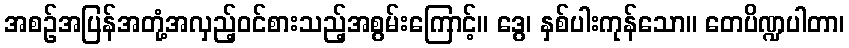
အစဉ်အပြန်အတုံ့အလှည့်ဝင်စားသည့်အစွမ်းကြောင့်။ ဒွေ၊ နှစ်ပါးကုန်သော။ တေပိဏ္ဍပါတာ၊